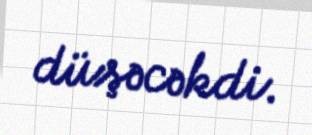
düşəcəkdi.